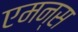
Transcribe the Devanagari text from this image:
एमन्स